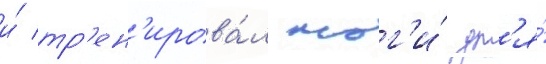
и́ тр'ен'ирова́л ног'и́ дл'я́